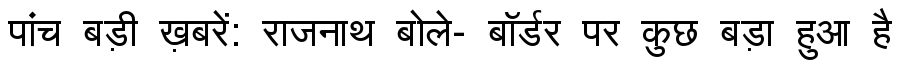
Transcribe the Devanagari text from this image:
पांच बड़ी ख़बरें: राजनाथ बोले- बॉर्डर पर कुछ बड़ा हुआ है